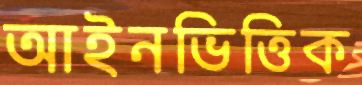
আইনভিত্তিক